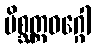
မိစ္ဆတ္တဝဂ္ဂေါ